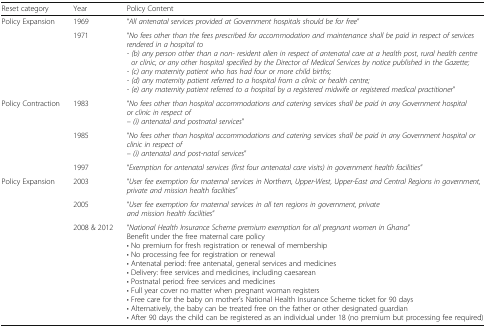
<table><thead><tr><td><b>Reset category</b></td><td><b>Year</b></td><td><b>Policy Content</b></td></tr></thead><tbody><tr><td rowspan="2">Policy Expansion</td><td>1969</td><td>“<i>All antenatal services provided at Government hospitals should be for free</i>”</td></tr><tr><td>1971</td><td>“<i>No fees other than the fees prescribed for accommodation and maintenance shall be paid in respect of services rendered in a hospital to</i><i>- (b) any person other than a non- resident alien in respect of antenatal care at a health post, rural health centre or clinic, or any other hospital specified by the Director of Medical Services by notice published in the Gazette;</i><i>- (c) any maternity patient who has had four or more child births;</i><i>- (d) any maternity patient referred to a hospital from a clinic or health centre;</i><i>- (e) any maternity patient referred to a hospital by a registered midwife or registered medical practitioner</i>”</td></tr><tr><td rowspan="3">Policy Contraction</td><td>1983</td><td>“<i>No fees other than hospital accommodations and catering services shall be paid in any Government hospital or clinic in respect of</i><i>– (i) antenatal and postnatal services</i>”</td></tr><tr><td>1985</td><td>“<i>No fees other than hospital accommodations and catering services shall be paid in any Government hospital or clinic in respect of</i><i>– (i) antenatal and post-natal services</i>”</td></tr><tr><td>1997</td><td>“<i>Exemption for antenatal services (first four antenatal care visits) in government health facilities</i>”</td></tr><tr><td rowspan="3">Policy Expansion</td><td>2003</td><td>“<i>User fee exemption for maternal services in Northern, Upper-West, Upper-East and Central Regions in government, private and mission health facilities</i>”</td></tr><tr><td>2005</td><td>“<i>User fee exemption for maternal services in all ten regions in government, private and mission health facilities</i>”</td></tr><tr><td>2008 &amp; 2012</td><td>“<i>National Health Insurance Scheme premium exemption for all pregnant women in Ghana</i>”Benefit under the free maternal care policy• No premium for fresh registration or renewal of membership• No processing fee for registration or renewal• Antenatal period: free antenatal, general services and medicines• Delivery: free services and medicines, including caesarean• Postnatal period: free services and medicines• Full year cover no matter when pregnant woman registers• Free care for the baby on mother’s National Health Insurance Scheme ticket for 90 days• Alternatively, the baby can be treated free on the father or other designated guardian• After 90 days the child can be registered as an individual under 18 (no premium but processing fee required)</td></tr></tbody></table>